DOW-UAP-D49, Launch Summary, Vandenberg AFB, 2000
Agency: Department of War
Incident date: 2/3/00
Page 70
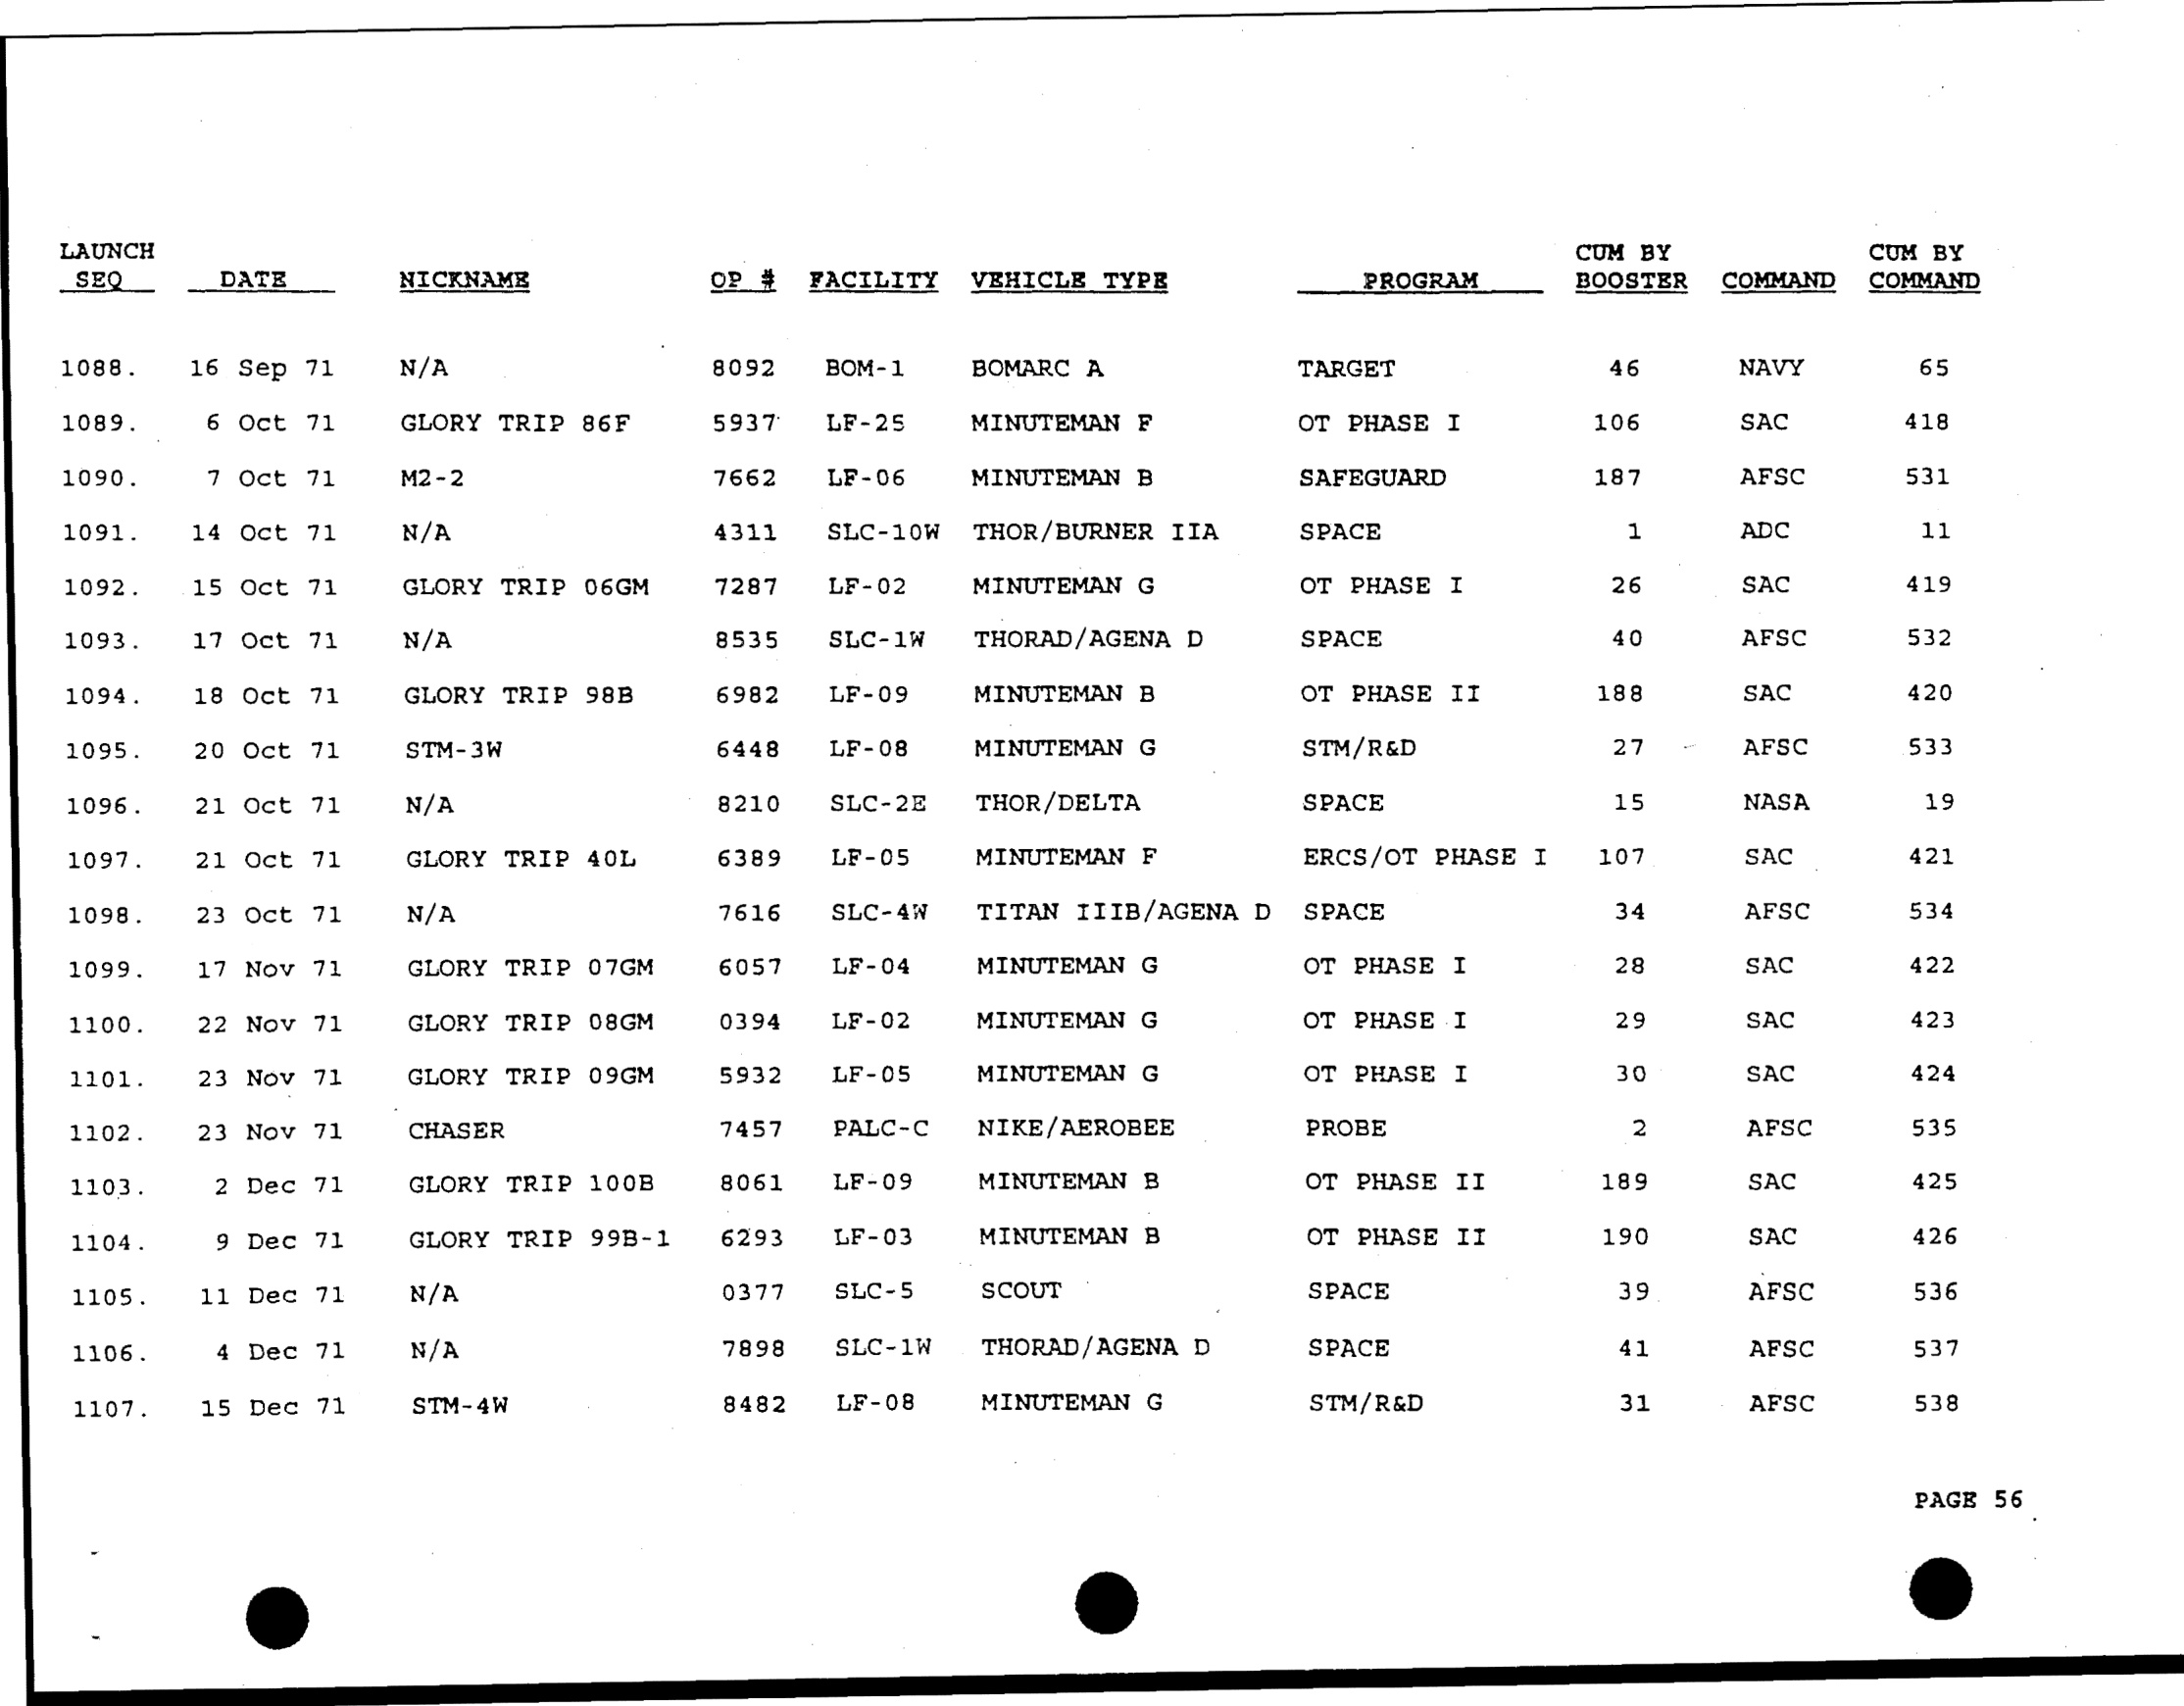